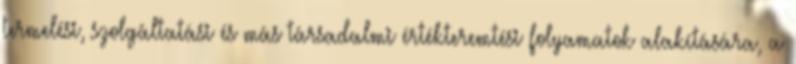
termelési, szolgáltatási és más társadalmi értékteremtési folyamatok alakítására, a